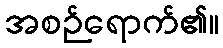
အစဉ်ရောက်၏။